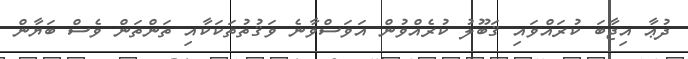
ދުޢާ އިޖާބަ ކުރައްވައި ޤަބޫލު ކުރެއްވުން އަވަސްވާނެ ވަޤުތުތަކަކާއި ތަންތަން ވެސް ބަޔާން